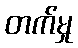
တက်မှု